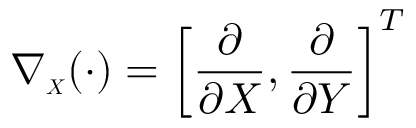
\boldsymbol { \nabla _ { \scriptscriptstyle X } } ( \cdot ) = \left[ \frac { \partial } { \partial X } , \frac { \partial } { \partial Y } \right] ^ { T }